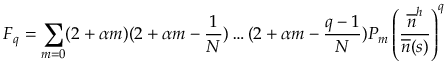
F _ { q } = \sum _ { m = 0 } ( 2 + \alpha m ) ( 2 + \alpha m - \frac { 1 } { N } ) \dots ( 2 + \alpha m - \frac { q - 1 } { N } ) P _ { m } \left( \frac { \overline { { n } } ^ { h } } { \overline { { n } } ( s ) } \right) ^ { q }